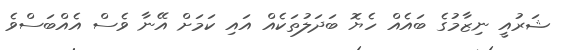
ޝަރުއީ ނިޒާމުގެ ބައެއް ހެޔޮ ބަދަލުތަކެއް އައި ކަމަށް އޭނާ ވެސް އެއްބަސްވެ